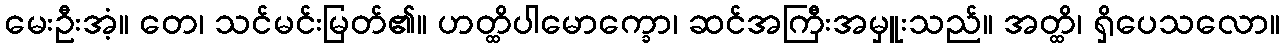
မေးဦးအံ့။ တေ၊ သင်မင်းမြတ်၏။ ဟတ္ထိပါမောက္ခော၊ ဆင်အကြီးအမှူးသည်။ အတ္ထိ၊ ရှိပေသလော။